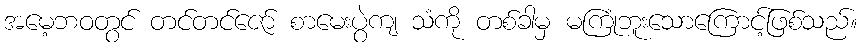
အမေ့ဘဝတွင် တင်တင်ဇော် စာမေးပွဲကျ သံကို တစ်ခါမှ မကြုံဘူးသောကြောင့်ဖြစ်သည်။